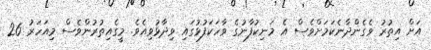
އަށް އިތުރު ވެގެންދާނެކަމަށްވެސް އެ މަނިކުފާނުގެ ވާހަކަފުޅުގައި ވިދާޅުވިއެވެ. މީގެއިތުރުންވެސް މިއަހަރު 26